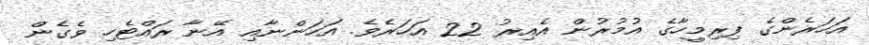
އަހަރެންގެ ފިރިމީހާގެ އުމުރުން އެއިރު 22 އަހަރެވެ. އަހަންނާއި އޭނާ ރައްޓެހި ވެގެން